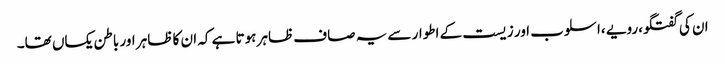
ان کی گفتگو،رویے ،اسلوب اور زیست کے اطوار سے یہ صاف ظاہر ہوتا ہے کہ ان کا ظاہر اور باطن یکساں تھا۔